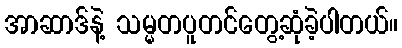
အာဆာဒ်နဲ့ သမ္မတပူတင်တွေ့ဆုံခဲ့ပါတယ်။